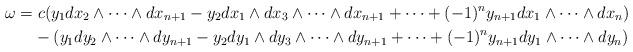
LaTeX: \begin{gather*}\omega =c(y_1dx_2\wedge \cdots \wedge dx_{n+1} - y_2dx_1\wedge dx_3\wedge \cdots\wedge dx_{n+1} + \cdots + (-1)^ny_{n+1}dx_1\wedge \cdots \wedge dx_n) \\ \hphantom{\omega=}{} -(y_1dy_2 \wedge \cdots \wedge dy_{n+1}- y_2dy_1 \wedge dy_3\wedge \cdots \wedge dy_{n+1} + \cdots + (-1)^ny_{n+1}dy_1 \wedge \cdots \wedge dy_n)\end{gather*}